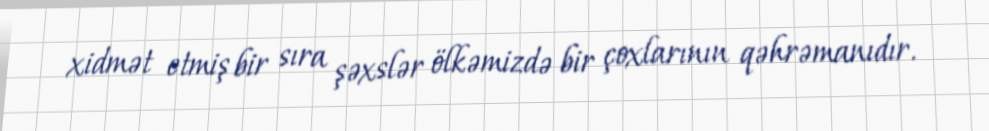
xidmət etmiş bir sıra şəxslər ölkəmizdə bir çoxlarının qəhrəmanıdır.